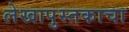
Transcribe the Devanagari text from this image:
लेखापुस्तकाचा